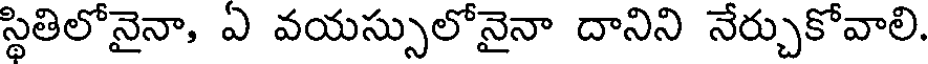
స్థితిలోనైనా, ఏ వయస్సులోనైనా దానిని నేర్చుకోవాలి.